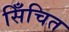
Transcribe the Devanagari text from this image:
सिँचित